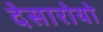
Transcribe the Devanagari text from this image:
देसारोयो